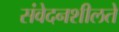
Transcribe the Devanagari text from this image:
संवेदनशीलते